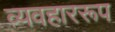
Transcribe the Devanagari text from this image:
व्यवहाररूप